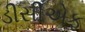
ડીસીએફ